Jaan_Tonisson_(Lasteleht), lk 491
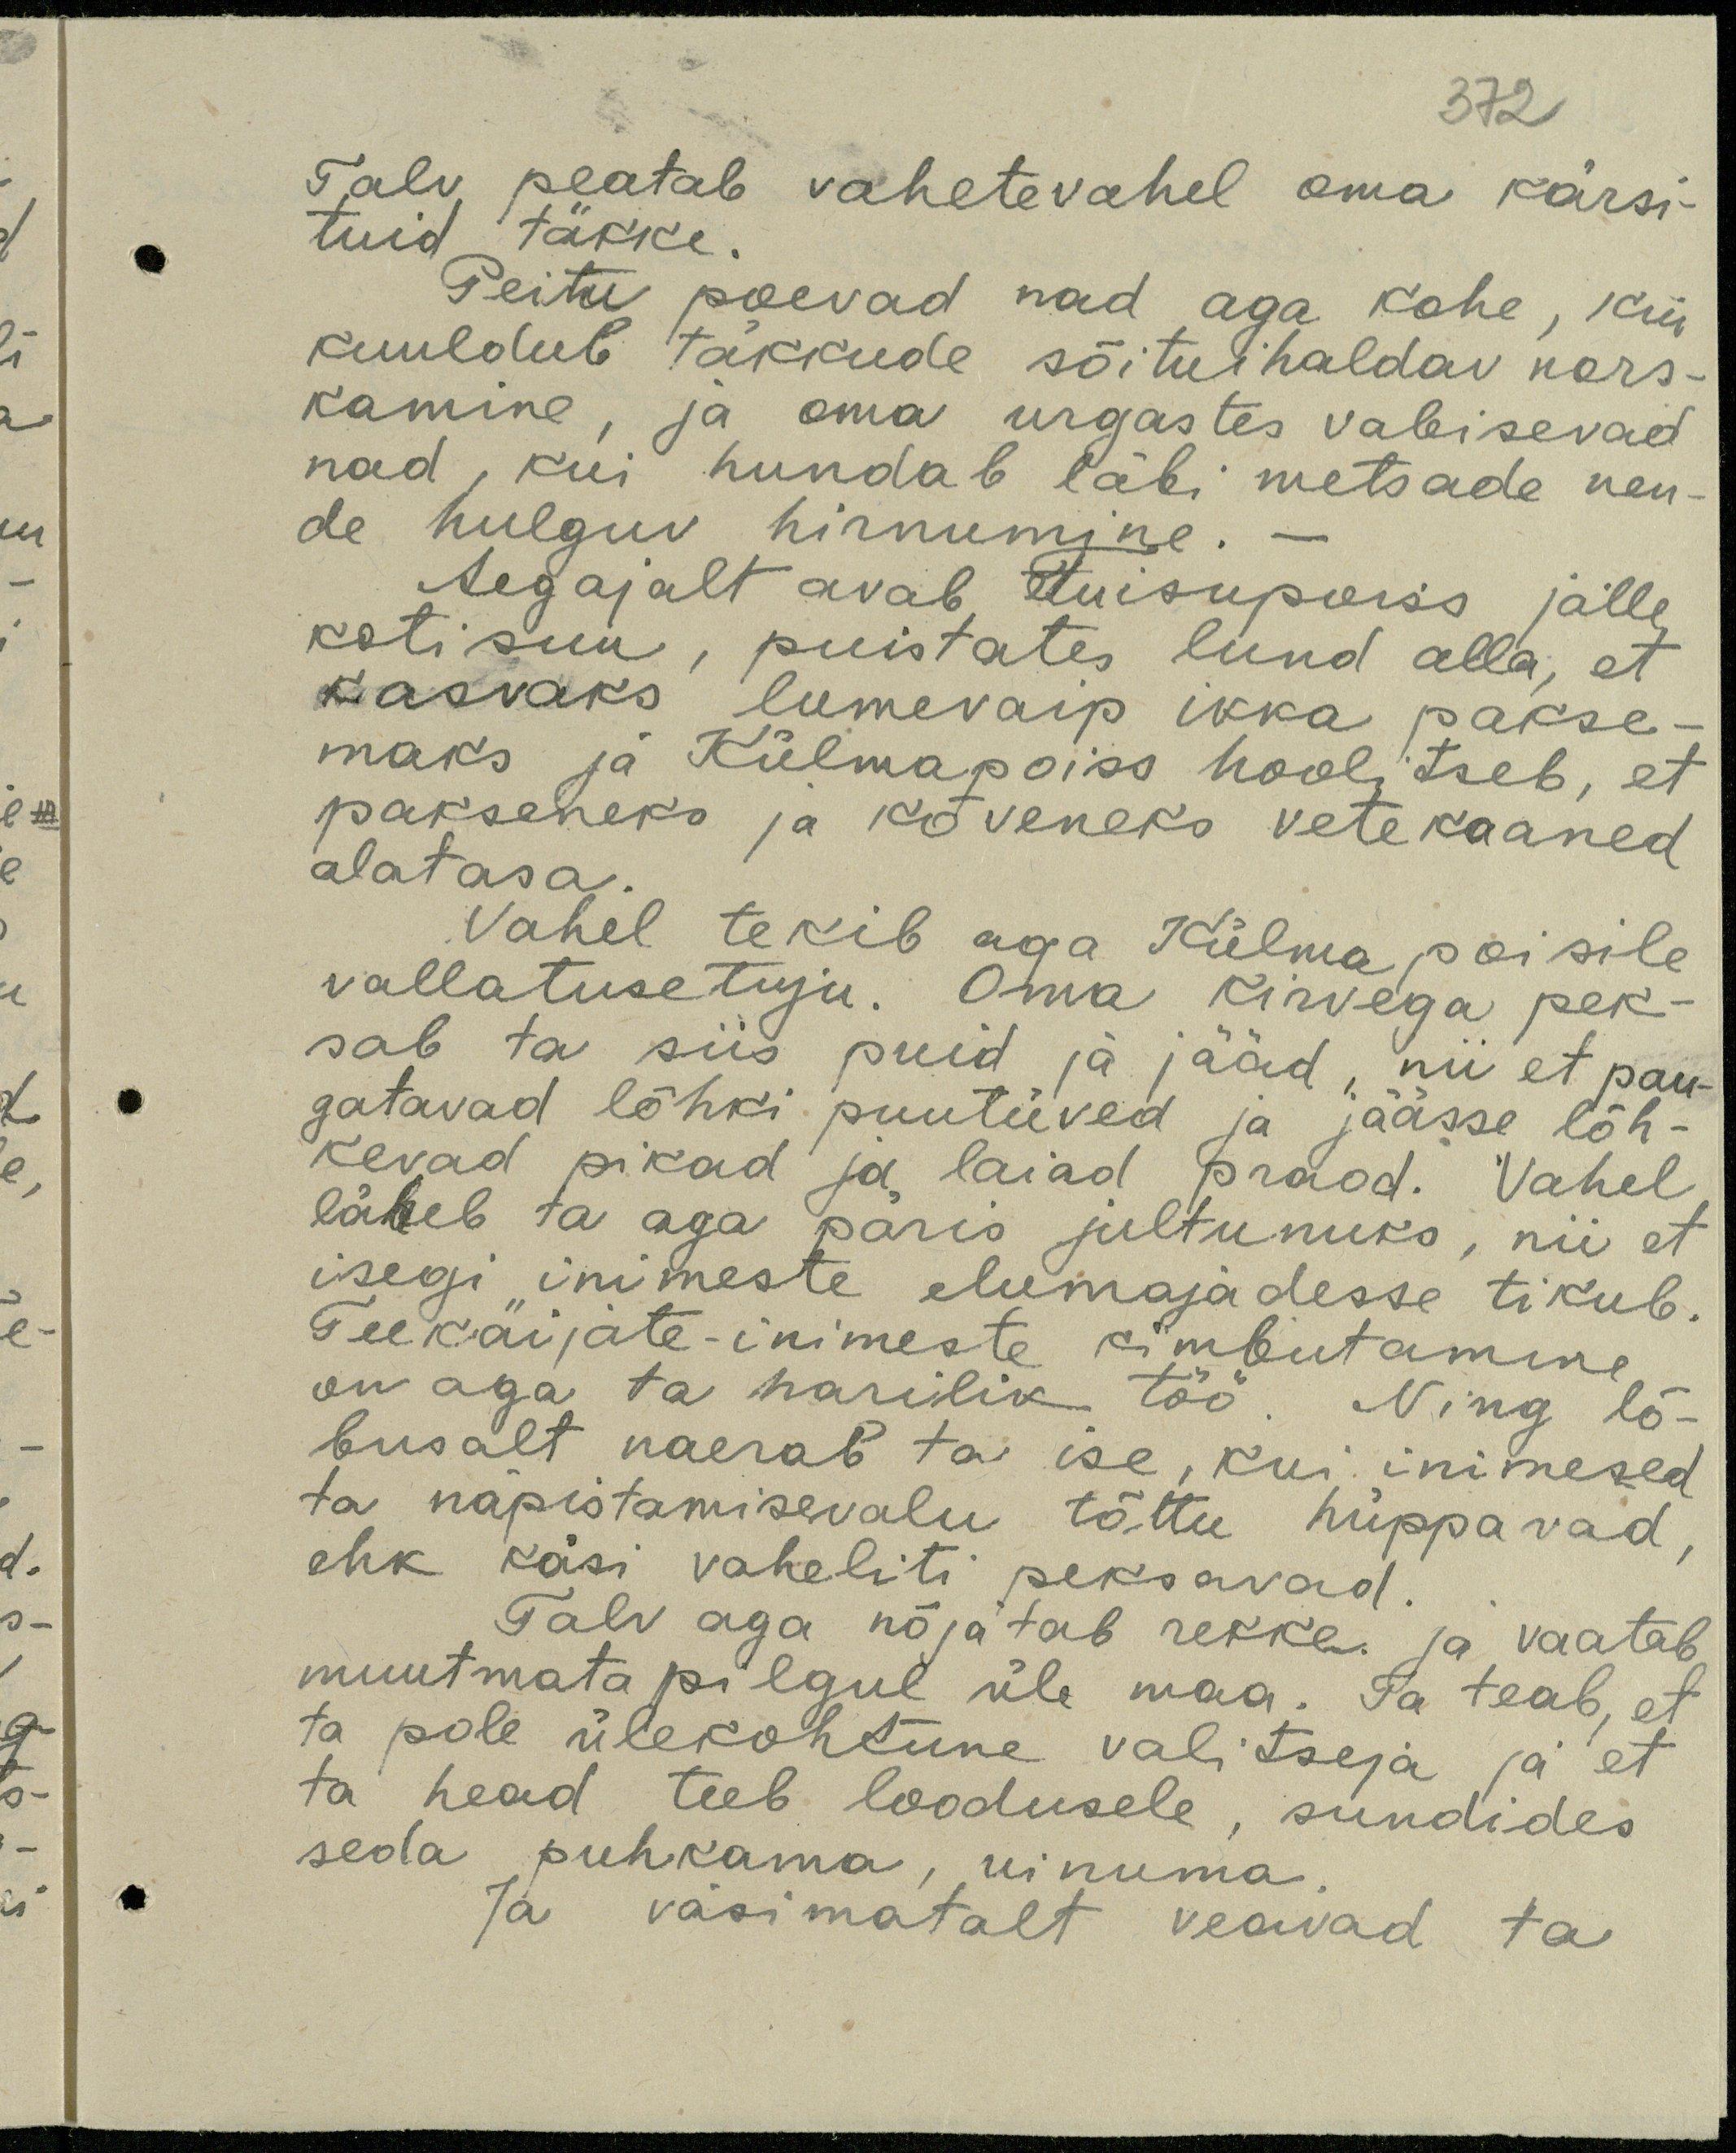
372

Talv peatab vahetevahel oma kärsi-
tuid täkke.
Peitu poevad nad aga kohe, kui
kuuldub täkkude sõituihaldav nors-
kamine, ja oma urgastes vabisevad
nad, kui hundab läbi metsade nen-
de hulguv hirnumine. -
Aegajalt avab tuisupoiss jälle
kotisuu, puistates lund alla, et
kasvaks, lumevaip ikka pakse-
maks ja Külmapoiss hoolitseb, et
pakseneks ja kõveneks vetekaaned
alatasa.
Vahel tekib aga Külma poisile
vallatusetuju. Oma kirvega pek-
sab ta siis puid ja jääd, nii et pau-
gatavad lõhki puutüved ja jäässe lõh-
kevad pikad ja laiad praod. Vahel
läheb ta aga päris jultunuks, nii et
isegi inimeste elumajadesse tikub.
Teekäijate-inimeste kimbutamine
on aga ta harilik töö. Ning lõ-
busalt naerab ta ise, kui inimesed
ta näpistamisevalu tõttu hüppavad,
ehk käsi vaheliti peksavad.
Talv aga nõjatab rekke ja vaatab
muutmata pilgul üle maa. Ta teab, et
ta pole ülekohtune valitseja ja et
ta head teeb loodusele, sundides
seda puhkama, uinuma.
Ja väsimatalt veavad ta